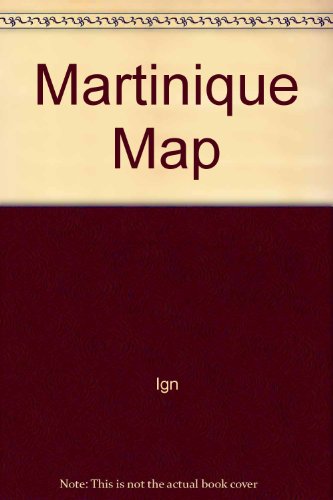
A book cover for Martinique Map; Ign; Travel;